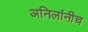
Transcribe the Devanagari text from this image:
अनिलांनीच